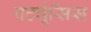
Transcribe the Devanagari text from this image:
पर्ट्यूसिस